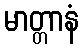
မာတ္တာနံ